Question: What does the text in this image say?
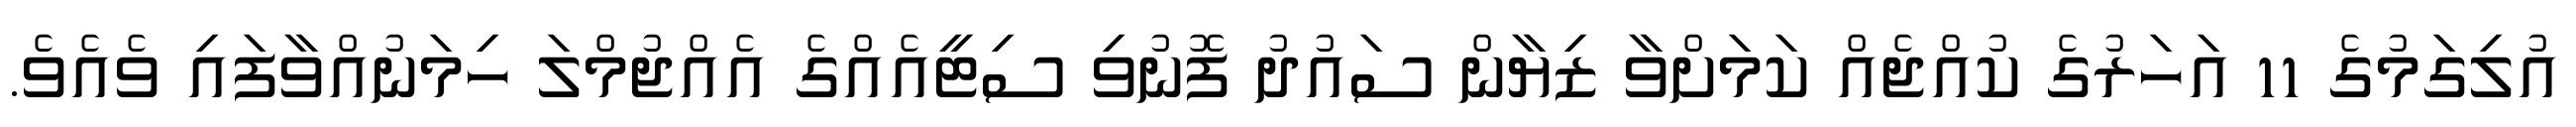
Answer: އުލިގަމުގެ 11 އަހަރުގެ ކުއްޖެއް ކަމަށްވާ ޒިޔާން ސައުދު ފޮނުވި ސިޓީއެއްގެ އެއްޖުމްލަ ހިމަނުއްވާފައި ވެއެވެ.